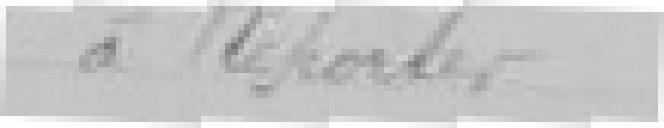
A reporter